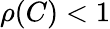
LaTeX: \rho(C)<1